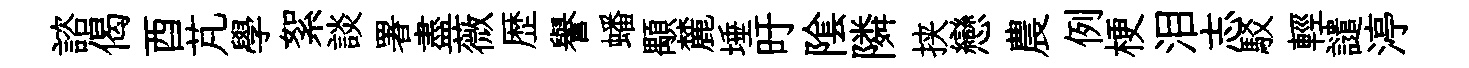
諮偈酉芃學絮談署盡薇歴譽蟠顒麓埵旴隂隣挟戀農例梗泪志駁輕譴渟